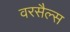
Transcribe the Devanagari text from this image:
वरसैल्स